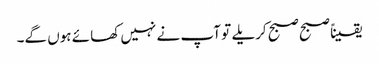
یقیناً صبح صبح کریلے تو آپ نے نہیں کھائے ہوں گے۔